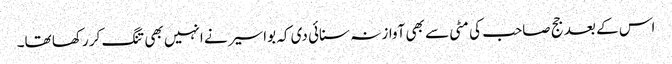
اس کے بعد جج صاحب کی مٹی سے بھی آواز نہ سنائی دی کہ بواسیر نے انہیں بھی تنگ کر رکھا تھا۔